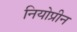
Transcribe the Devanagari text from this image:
नियोप्रीन